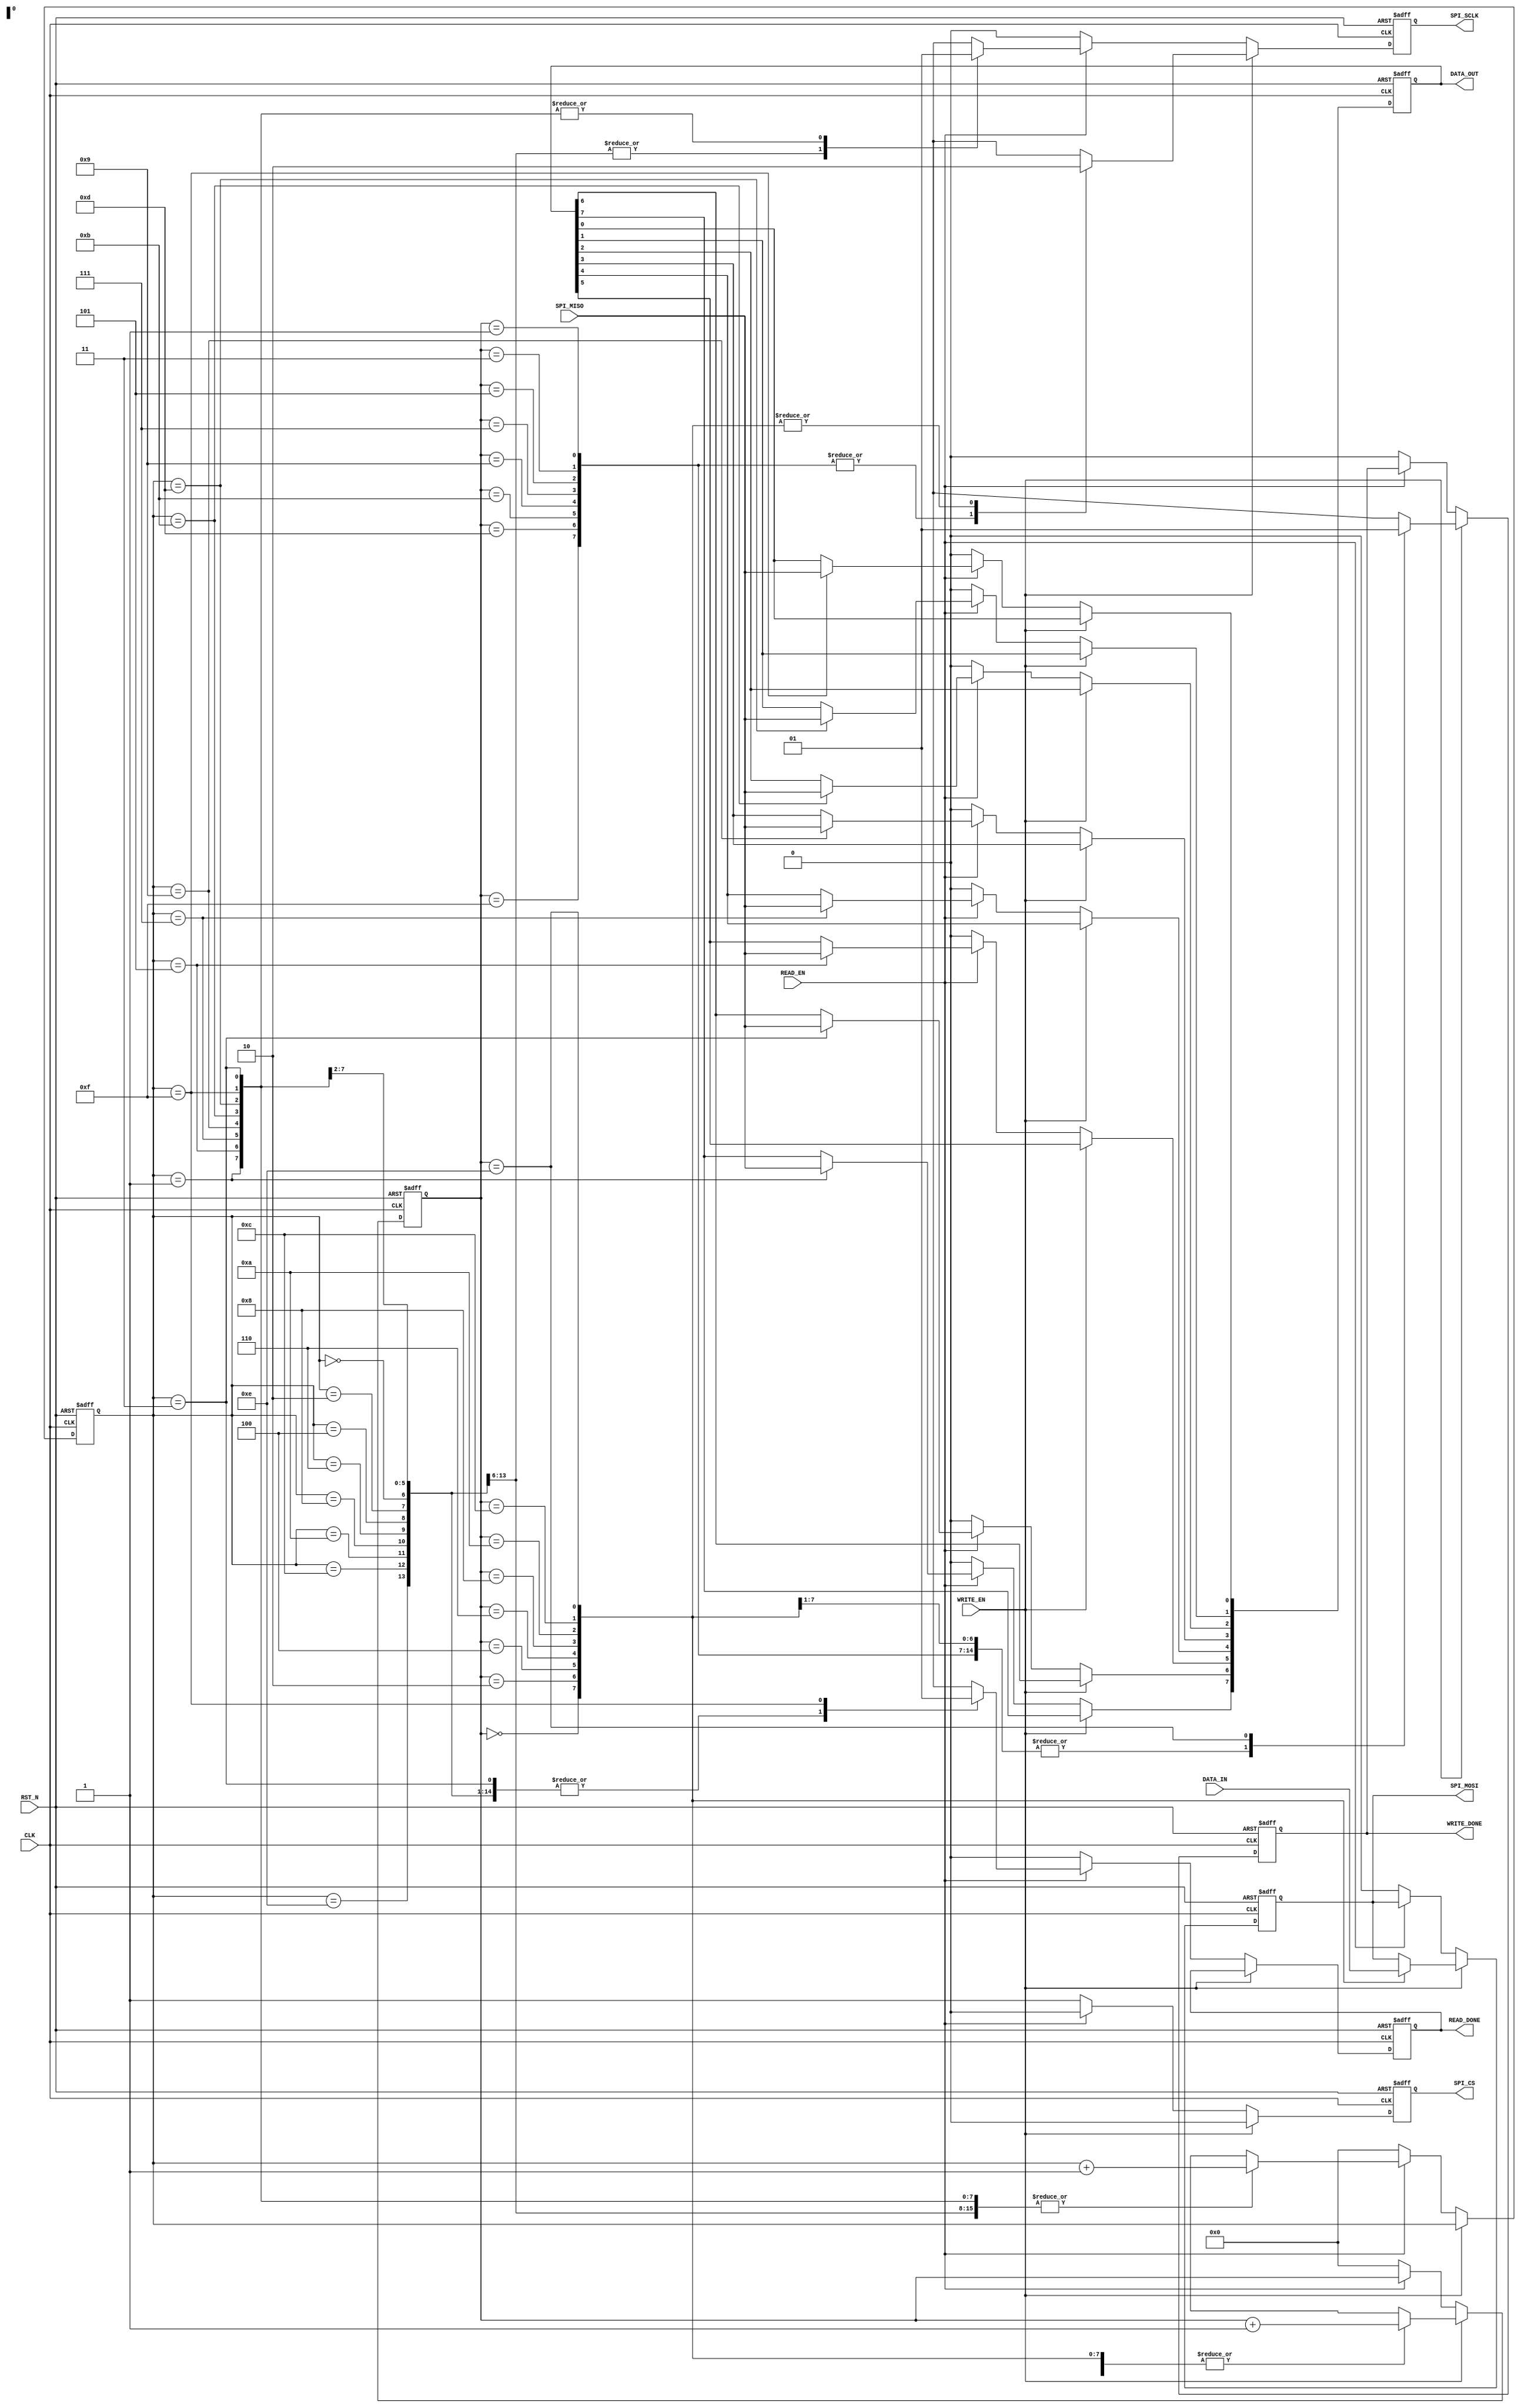
module SPI
(
    CLK,            // master`s clock(FPGA)  25km
    RST_N,          // reset pin of hardware
    WRITE_EN,       // write enable signal(start)
    READ_EN,        // read enable signal(start)
    SPI_MISO,       // data that master input(1 bit weight)
    DATA_IN,        // data that slave input(8bits data)
    SPI_SCLK,       // slave`s clock(OLED)
    SPI_CS,         // chip select
    SPI_MOSI,       // data that master output(1 bit weight)
    DATA_OUT,       // data that slave output(8bits data) 
    WRITE_DONE,     // write finish
    READ_DONE       // read finish
);
    input CLK;
    input RST_N;
    input WRITE_EN;
    input READ_EN;
    input SPI_MISO;
    input [7:0]DATA_IN;

    output SPI_SCLK;
    output SPI_CS;
    output SPI_MOSI;
    output [7:0]DATA_OUT;
    output WRITE_DONE;
    output READ_DONE;

    reg SPI_SCLK;
    reg SPI_CS;
    reg SPI_MOSI;
    reg [7:0]DATA_OUT;
    reg WRITE_DONE;
    reg READ_DONE;

    reg [3:0]write_status;
    reg [3:0]read_status;

    always @(posedge CLK or negedge RST_N) begin
        if(!RST_N) begin // initialize
            write_status  <=  4'd0;
            read_status   <=  4'd0;
            SPI_CS        <=  1'b1;
            SPI_SCLK      <=  1'b0;
            SPI_MOSI      <=  1'b0;
            WRITE_DONE    <=  1'b0;
            READ_DONE     <=  1'b0;
            DATA_OUT      <=  8'd0;
        end 
        else if(WRITE_EN) begin  // write start
            SPI_CS  <=  1'b0; // set cs low
            case(write_status)
                4'd1, 4'd3 , 4'd5 , 4'd7  , 
                4'd9, 4'd11, 4'd13, 4'd15 : begin// shift
                    SPI_SCLK      <=  1'b1;
                    write_status  <=  write_status + 1'b1;
                    WRITE_DONE    <=  1'b0;
                end
                4'd0:begin// send the MSB
                    SPI_MOSI      <=  DATA_IN[7];
                    SPI_SCLK      <=  1'b0;
                    write_status  <=  write_status + 1'b1;
                    WRITE_DONE    <=  1'b0;
                end
                4'd2:begin
                    SPI_MOSI      <=  DATA_IN[6];
                    SPI_SCLK      <=  1'b0;
                    write_status  <=  write_status + 1'b1;
                    WRITE_DONE    <=  1'b0;
                end
                4'd4:begin
                    SPI_MOSI      <=  DATA_IN[5];
                    SPI_SCLK      <=  1'b0;
                    write_status  <=  write_status + 1'b1;
                    WRITE_DONE    <=  1'b0;
                end 
                4'd6:begin
                    SPI_MOSI      <=  DATA_IN[4];
                    SPI_SCLK      <=  1'b0;
                    write_status  <=  write_status + 1'b1;
                    WRITE_DONE    <=  1'b0;
                end 
                4'd8:begin
                    SPI_MOSI      <=  DATA_IN[3];
                    SPI_SCLK      <=  1'b0;
                    write_status  <=  write_status + 1'b1;
                    WRITE_DONE    <=  1'b0;
                end                            
                4'd10:begin
                    SPI_MOSI      <=  DATA_IN[2];
                    SPI_SCLK      <=  1'b0;
                    write_status  <=  write_status + 1'b1;
                    WRITE_DONE    <=  1'b0;
                end 
                4'd12:begin
                    SPI_MOSI      <=  DATA_IN[1];
                    SPI_SCLK      <=  1'b0;
                    write_status  <=  write_status + 1'b1;
                    WRITE_DONE    <=  1'b0;
                end 
                4'd14:begin// send the LSB
                    SPI_MOSI      <=  DATA_IN[0];
                    SPI_SCLK      <=  1'b0;
                    write_status  <=  write_status + 1'b1;
                    WRITE_DONE    <=  1'b1;
                end
                default:write_status  <=  4'd0;   
            endcase 
        end
        else if(READ_EN) begin// read start
            SPI_CS <= 1'b0; // set cs low
            case(read_status)
                4'd0, 4'd2 , 4'd4 , 4'd6  , 
                4'd8, 4'd10, 4'd12, 4'd14 : begin// read
                    SPI_SCLK       <=  1'b0;
                    read_status    <=  read_status + 1'b1;
                    READ_DONE      <=  1'b0;
                end
                4'd1:begin // store MSB                       
                    SPI_SCLK       <=  1'b1;
                    read_status    <=  read_status + 1'b1;
                    READ_DONE      <=  1'b0;
                    DATA_OUT[7]    <=  SPI_MISO;   
                end
                4'd3:begin
                    SPI_SCLK       <=  1'b1;
                    read_status    <=  read_status + 1'b1;
                    READ_DONE      <=  1'b0;
                    DATA_OUT[6]    <=  SPI_MISO; 
                end
                4'd5:begin
                    SPI_SCLK       <=  1'b1;
                    read_status    <=  read_status + 1'b1;
                    READ_DONE      <=  1'b0;
                    DATA_OUT[5]    <=  SPI_MISO; 
                end 
                4'd7:begin
                    SPI_SCLK       <=  1'b1;
                    read_status    <=  read_status + 1'b1;
                    READ_DONE      <=  1'b0;
                    DATA_OUT[4]    <=  SPI_MISO; 
                end 
                4'd9:begin
                    SPI_SCLK       <=  1'b1;
                    read_status    <=  read_status + 1'b1;
                    READ_DONE      <=  1'b0;
                    DATA_OUT[3]    <=  SPI_MISO; 
                end                            
                4'd11:begin
                    SPI_SCLK       <=  1'b1;
                    read_status    <=  read_status + 1'b1;
                    READ_DONE      <=  1'b0;
                    DATA_OUT[2]    <=  SPI_MISO; 
                end 
                4'd13:begin
                    SPI_SCLK       <=  1'b1;
                    read_status    <=  read_status + 1'b1;
                    READ_DONE      <=  1'b0;
                    DATA_OUT[1]    <=  SPI_MISO; 
                end 
                4'd15:begin // store LSB
                    SPI_SCLK       <=  1'b1;
                    read_status    <=  read_status + 1'b1;
                    READ_DONE      <=  1'b1;
                    DATA_OUT[0]    <=  SPI_MISO; 
                end
                default:read_status  <=  4'd0;   
            endcase 
        end    
        else begin
            write_status  <=  4'd0;
            read_status   <=  4'd0;
            WRITE_DONE    <=  1'b0;
            READ_DONE     <=  1'b0;
            SPI_CS        <=  1'b1;
            SPI_SCLK      <=  1'b0;
            SPI_MOSI      <=  1'b0;
            DATA_OUT      <=  8'd0;
        end      
end

endmodule